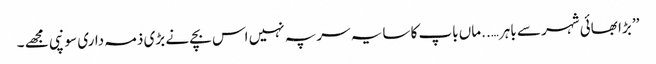
’’ بڑا بھائی شہر سے باہر…..ماں باپ کا سایہ سر پہ نہیں اس بچے نے بڑی ذمہ داری سونپی مجھے ۔